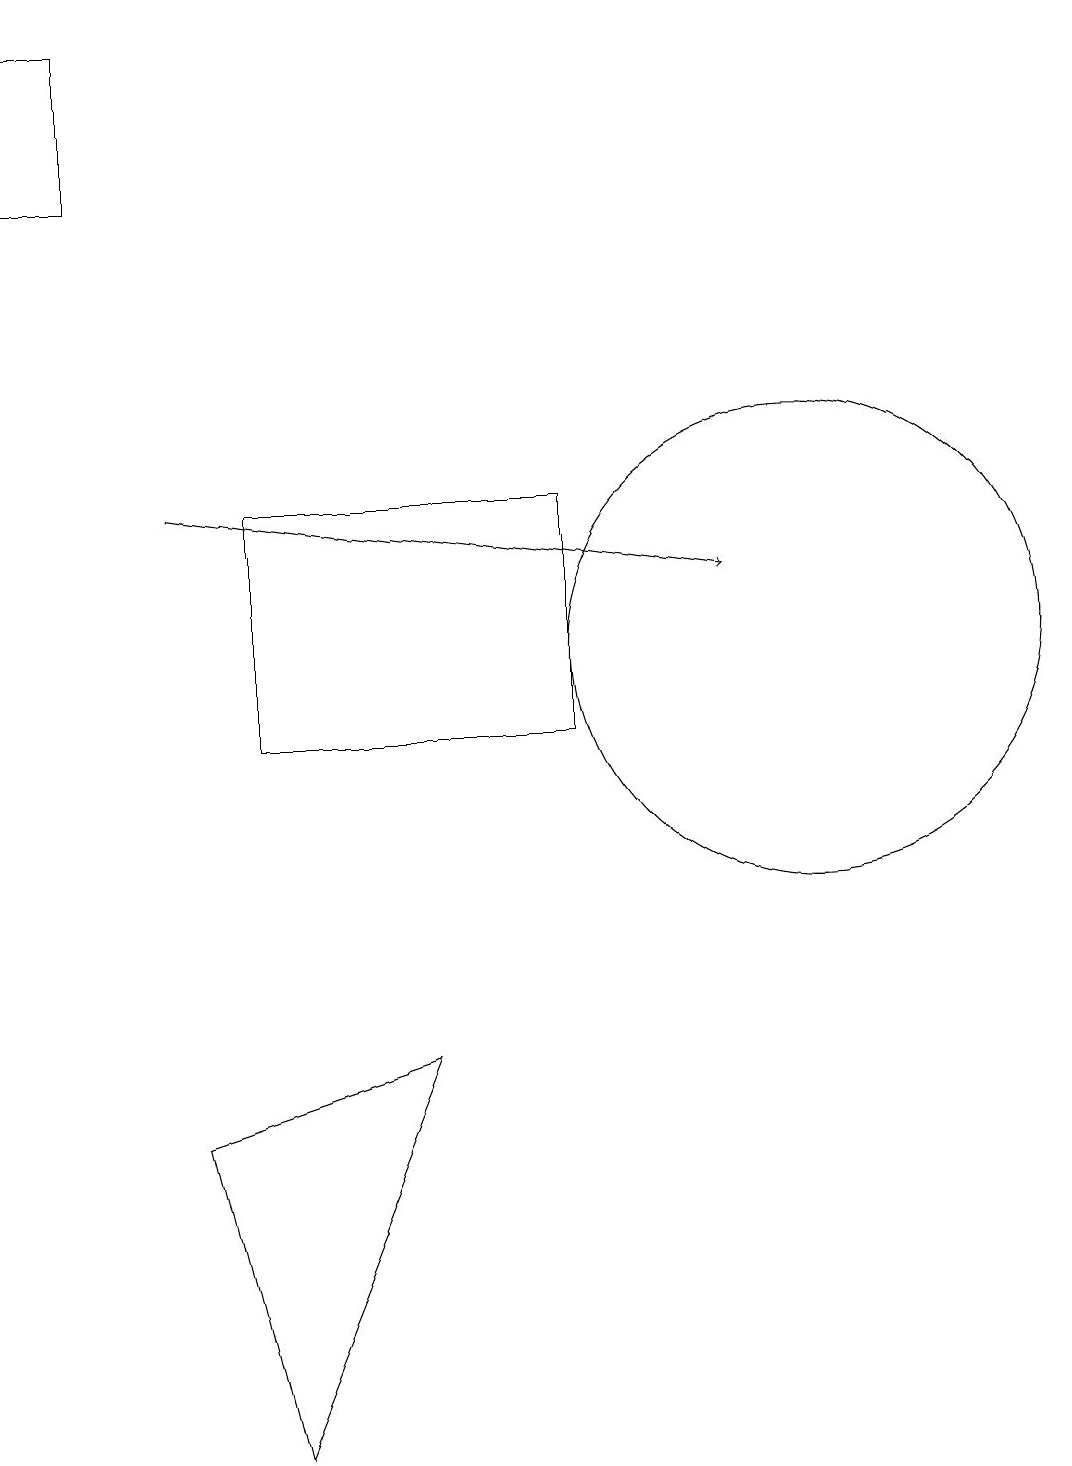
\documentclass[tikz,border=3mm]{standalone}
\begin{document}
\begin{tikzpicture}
\draw (7,10) rectangle (3,13);
\draw (10,11) circle (3);
\draw (3,1) -- (2,5) -- (5,6) -- cycle;
\draw[->] (2,13) -- (9,12);
\draw (0,19) rectangle (1,17);
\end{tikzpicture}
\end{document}